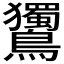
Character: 𪈌